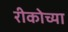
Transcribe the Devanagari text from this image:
रीकोच्या